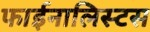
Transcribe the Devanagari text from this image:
फाईनालिस्टस